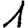
Digit: 1